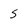
Character: S